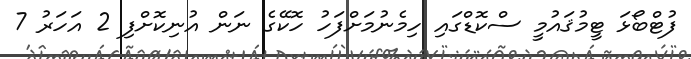
ފުޓްބޯޅަ ޓީމުޤައުމީ ސްކޮޑްގައި ހިމެނުމަށްފަހު ހޮކޭގެ ނަން އުނިކޮށްފި 2 އަހަރު 7